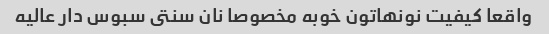
واقعا کیفیت نونهاتون خوبه مخصوصا نان سنتى سبوس دار عالیه